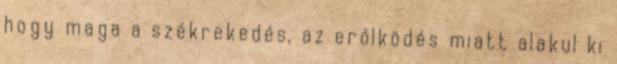
hogy maga a székrekedés, az erőlködés miatt alakul ki